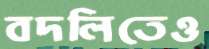
বদলিতেও